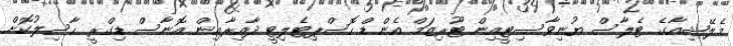
މެލޭޝިއާގެ ޓެލާސް ޔުނިވާސިޓީއިން ޓޫރިޒަމް އެންޑް ހޮސްޕިޓެލިޓީ ދާއިރާއިން އޮނާސް ޑިގްރީ ހާސިލުކޮށް